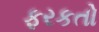
ફરકતો